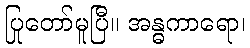
ပြုတော်မူပြီ။ အန္ဓကာရော၊